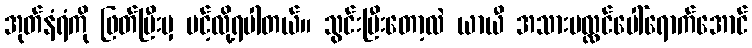
အုတ်နံရံကို ဖြတ်ပြီးမှ ပင့်လို့ရပါတယ်။ သွင်းပြီးတော့လဲ ယာယီ အသားပလ္လင်ပေါ်ရောက်အောင်